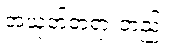
အယုတ်တရားတည်း။